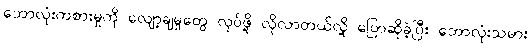
ဘောလုံးကစားမှုကို လျော့ချမှုတွေ လုပ်ဖို့ လိုလာတယ်လို့ ပြောဆိုခဲ့ပြီး ဘောလုံးသမား